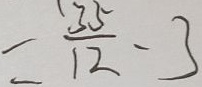
= \frac { 3 5 } { 1 2 } - 3